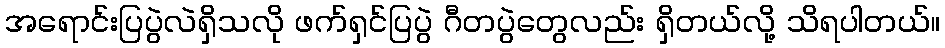
အရောင်းပြပွဲလဲရှိသလို ဖက်ရှင်ပြပွဲ ဂီတပွဲတွေလည်း ရှိတယ်လို့ သိရပါတယ်။